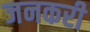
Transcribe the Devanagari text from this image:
जनकरी